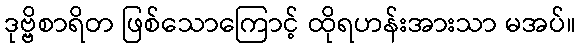
ဒုဗ္ဗိစာရိတ ဖြစ်သောကြောင့် ထိုရဟန်းအားသာ မအပ်။